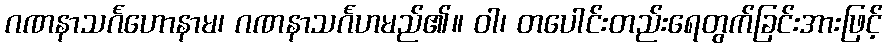
ဂဏနာသင်္ဂဟောနာမ၊ ဂဏနာသင်္ဂဟမည်၏။ ဝါ၊ တပေါင်းတည်းရေတွက်ခြင်းအားဖြင့်